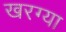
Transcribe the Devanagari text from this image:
खरग्या